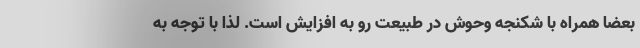
بعضاً همراه با شکنجه وحوش در طبیعت رو به افزایش است. لذا با توجه به